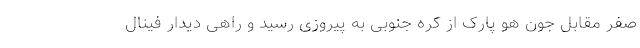
صفر مقابل جون هو پارک از کره جنوبی به پیروزی رسید و راهی دیدار فینال